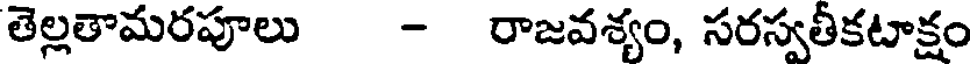
తెల్లతామరపూలు - రాజవశ్యం, సరస్వతీకటాక్షం